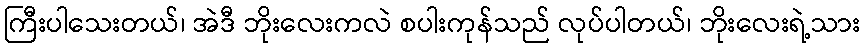
ကြီးပါသေးတယ်၊ အဲဒီ ဘိုးလေးကလဲ စပါးကုန်သည် လုပ်ပါတယ်၊ ဘိုးလေးရဲ့သား